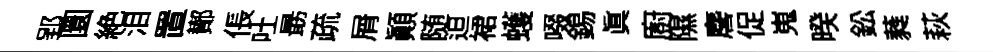
郢圜絶泪置鄼倀吐朂疏屑顚随迫裙蠖啜錫真廚隰麐促嵬暌鈆蕤萩